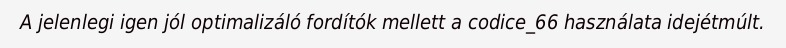
A jelenlegi igen jól optimalizáló fordítók mellett a codice_66 használata idejétmúlt.